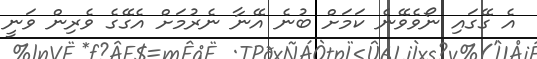
އެ ގޭގައި ނޯވެވޭނެ ކަމަށް ބުނެ އޭނާ ނެރުމަށް އެގޭގެ ވެރިން ވަނީ